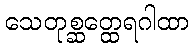
သေတုစ္ဆတ္ထေရဂါထာ